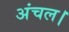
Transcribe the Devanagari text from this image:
अंचल।